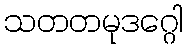
သတတမုဒဂ္ဂေါ